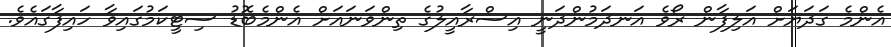
އެންމެ ގަދަޔަށް އަލިފާން ރޯވެ އަނދަމުންދަނީ އިސްރާއީލުގެ ތިންވަނައަށް އެންމެބޮޑު ސިޓީކަމުގައިވާ ހައިފާގައެވެ.